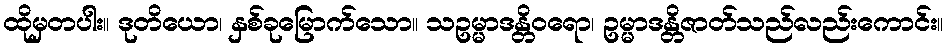
ထိုမှတပါး။ ဒုတိယော၊ နှစ်ခုမြောက်သော။ သဥမ္မာဒန္တိဝရော၊ ဥမ္မာဒန္တိဇာတ်သည်လည်းကောင်း။